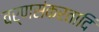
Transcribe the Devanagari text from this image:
वर्णसंकरतादि